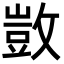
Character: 敳